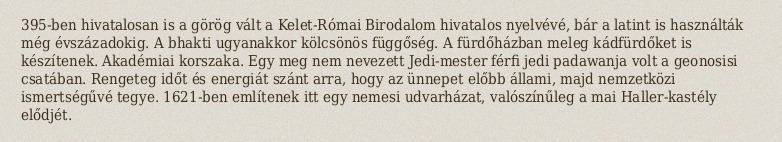
395-ben hivatalosan is a görög vált a Kelet-Római Birodalom hivatalos nyelvévé, bár a latint is használták még évszázadokig. A bhakti ugyanakkor kölcsönös függőség. A fürdőházban meleg kádfürdőket is készítenek. Akadémiai korszaka. Egy meg nem nevezett Jedi-mester férfi jedi padawanja volt a geonosisi csatában. Rengeteg időt és energiát szánt arra, hogy az ünnepet előbb állami, majd nemzetközi ismertségűvé tegye. 1621-ben említenek itt egy nemesi udvarházat, valószínűleg a mai Haller-kastély elődjét.